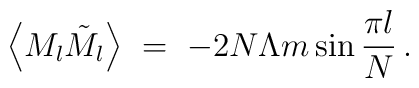
\left\langle M_l\tilde{M}_l\right\rangle\ =\ -2N\Lambda m\sin\frac{\pi l}{N}\,.